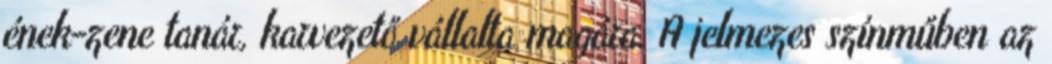
ének-zene tanár, karvezető vállalta magára. A jelmezes színműben az